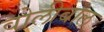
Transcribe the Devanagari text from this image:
वोलीबाल